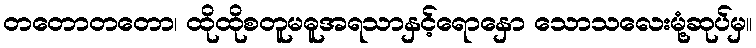
တတောတတော၊ ထိုထိုစတူမဓူအရသာနှင့်ရောနှော သောသလေးမုံ့ဆုပ်မှ။